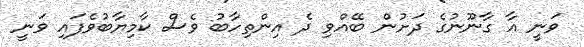
ވަނީ އާ ގާނޫނުގެ ދަށުން ބޭއްވި ދެ އިންތިހާބު ވެސް ކާމިޔާބުވެފައި ވަނީ